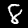
Digit: 8